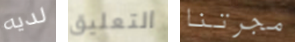
لديه التعليق مجرتنا